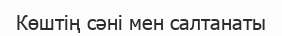
Көштің сәні мен салтанаты